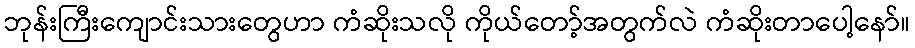
ဘုန်းကြီးကျောင်းသားတွေဟာ ကံဆိုးသလို ကိုယ်တော့်အတွက်လဲ ကံဆိုးတာပေါ့နော်။